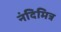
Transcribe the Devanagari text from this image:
नंदिमित्र